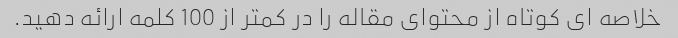
خلاصه ای کوتاه از محتوای مقاله را در کمتر از 100 کلمه ارائه دهید.